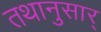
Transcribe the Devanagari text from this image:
तथानुसार्